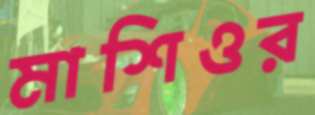
মাশিওর